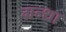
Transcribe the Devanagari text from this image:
ग्रन्था